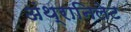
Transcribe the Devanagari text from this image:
अंथ्रानिलेट